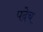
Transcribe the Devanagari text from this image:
पदेच